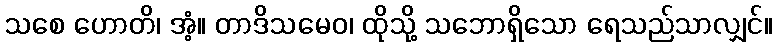
သစေ ဟောတိ၊ အံ့။ တာဒိသမေဝ၊ ထိုသို့ သဘောရှိသော ရေသည်သာလျှင်။